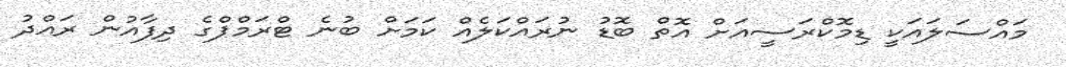
މައްސަލައަކީ ޑިމޮކްރަސީއަށް އޮތް ބޮޑު ނުރައްކަލެއް ކަމަށް ބުނެ ޓްރަމްޕްގެ ދިފާއުން ރައްދު